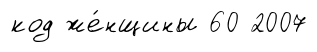
код же́нщины 60 2007